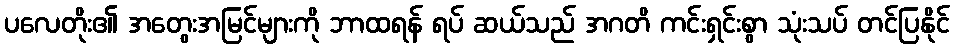
ပလေတိုး၏ အတွေးအမြင်များကို ဘာထရန် ရပ် ဆယ်သည် အဂတိ ကင်းရှင်းစွာ သုံးသပ် တင်ပြနိုင်